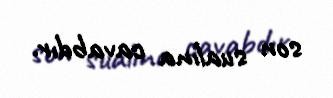
son sualına cavabdır.